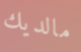
مالديك